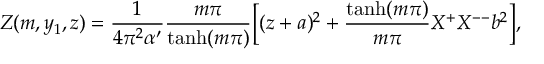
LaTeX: Z ( m , y _ { 1 } , z ) = \frac { 1 } { 4 \pi ^ { 2 } \alpha ^ { \prime } } \frac { m \pi } { \operatorname { t a n h } ( m \pi ) } \Bigl [ ( z + a ) ^ { 2 } + \frac { \operatorname { t a n h } ( m \pi ) } { m \pi } X ^ { + } X ^ { -- } b ^ { 2 } \Bigr ] ,